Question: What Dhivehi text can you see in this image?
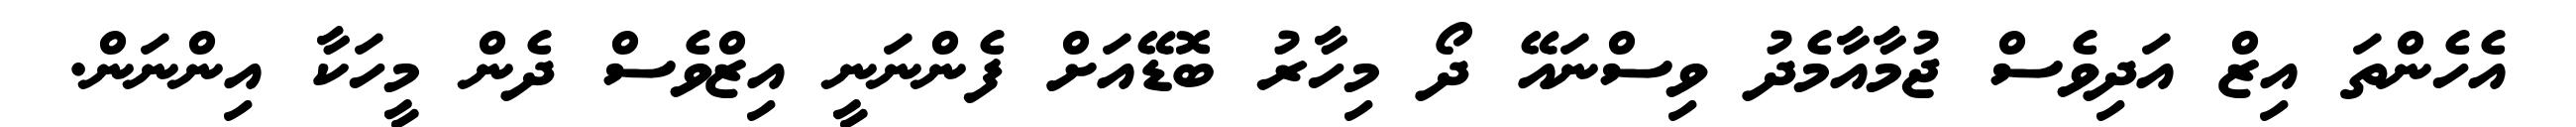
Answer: އެހެންތަ އިޒް އަދިވެސް ޖުމާއާމެދު ވިސްނައޭ ދޯ މިހާރު ބޮޑޭއަށް ފެންނަނީ އިޒްވެސް ދެން މީހަކާ އިންނަން.